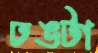
ঢঙটা